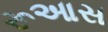
રૂઆસ